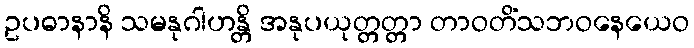
ဥပဓာနာနိ သမနုဂါဟန္တိ အနုပယုတ္တတ္တာ တာဝတိံသဘဝနေယေဝ